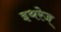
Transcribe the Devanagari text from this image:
इथरेज